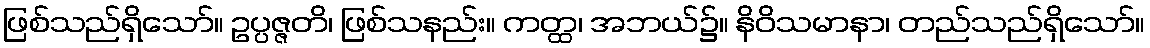
ဖြစ်သည်ရှိသော်။ ဥပ္ပဇ္ဇတိ၊ ဖြစ်သနည်း။ ကတ္ထ၊ အဘယ်၌။ နိဝိသမာနာ၊ တည်သည်ရှိသော်။